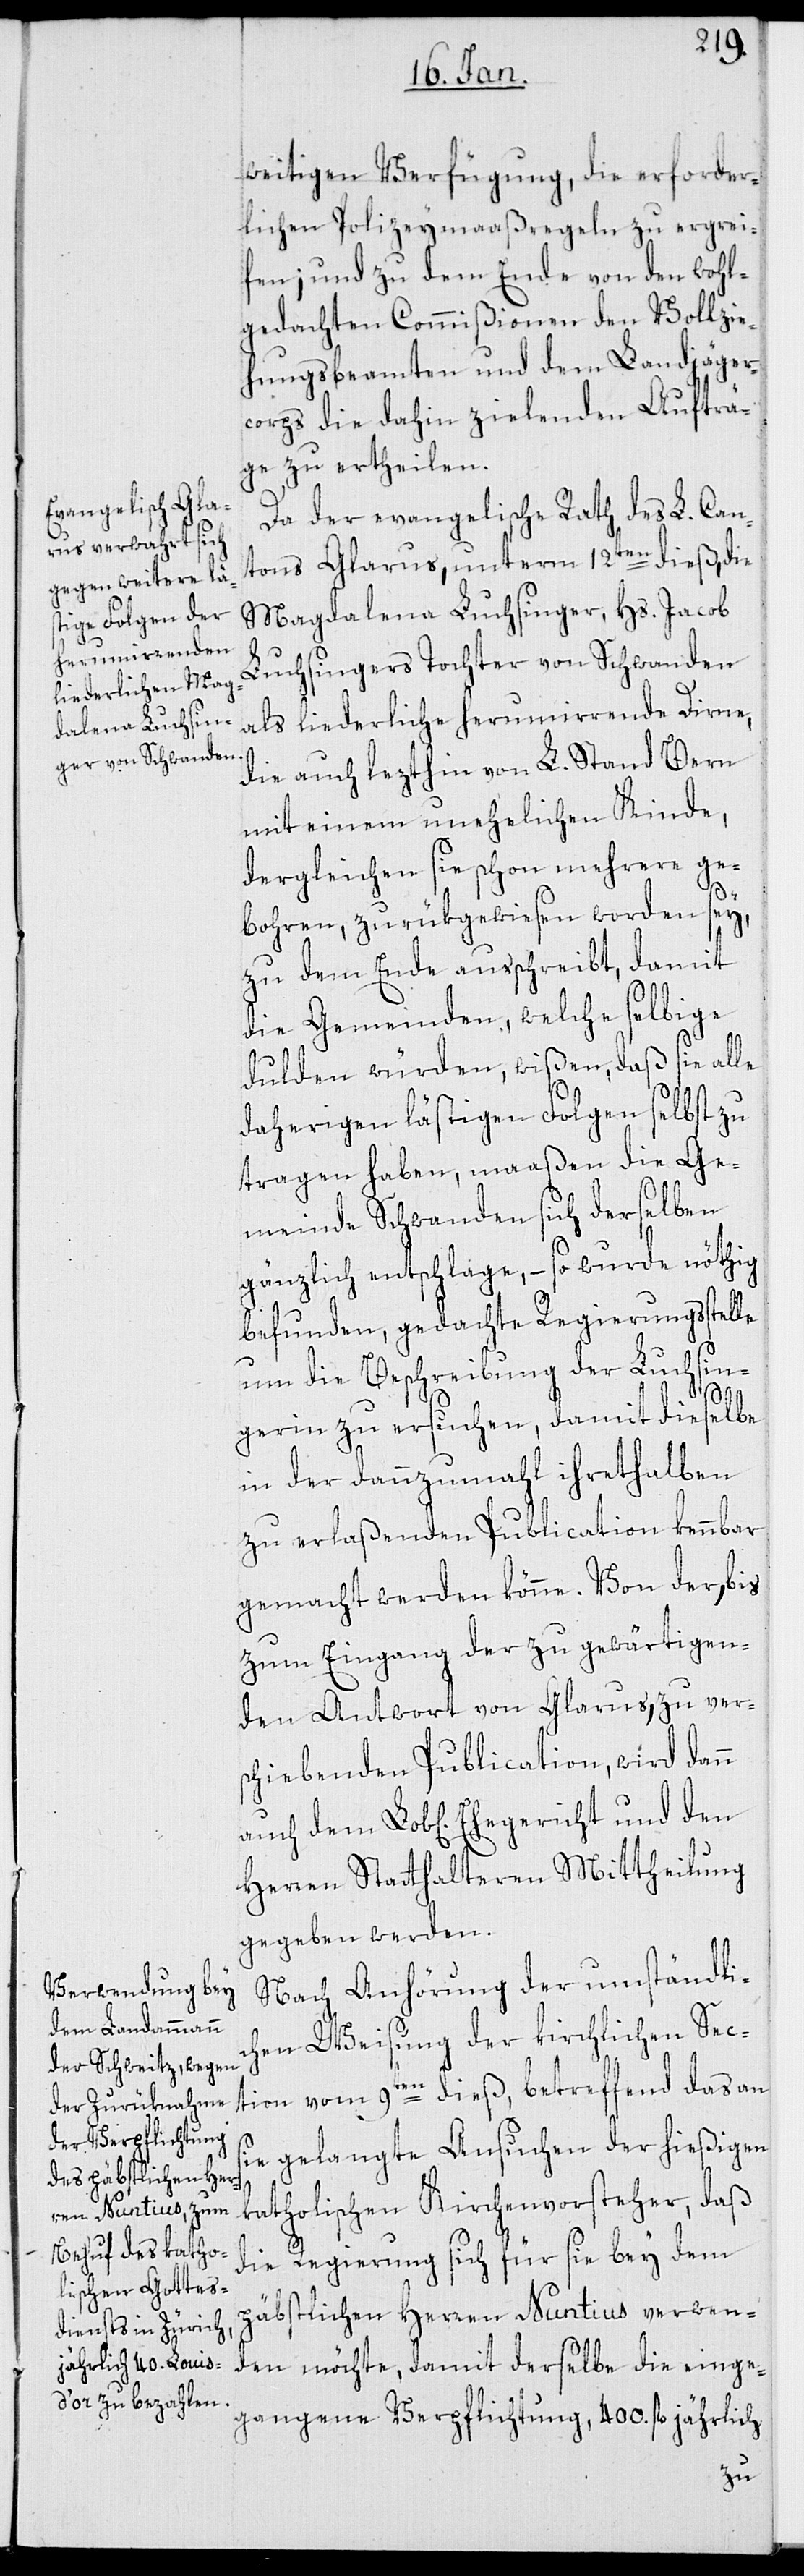
weitigen Verfügung, die erforder¬
lichen Polizeymaaßregeln zu ergrei¬
fen; und zu dem Ende von den wohl¬
gedachten Commißionen den Vollzie¬
hungsbeamten und dem Landjäger¬
corps die dahin zielenden Aufträ¬
ge zu ertheilen.
Da der evangelische Rath des L. Can¬
tons Glarus, unterm 12ten dieß, die
Magdalena Luchsinger, Hs. Jacob
Luchsingers Tochter von Schwanden
als liederliche herumirrende Dirne,
die auch lezthin von L. Stand Bern
mit einem unehelichen Kinde,
dergleichen sie schon mehrere ge¬
bohren, zurükgewiesen worden sey,
zu dem Ende ausschreibt, damit
die Gemeinden, welche selbige
dulden würden, wißen, daß sie alle
daherigen lästigen Folgen selbst zu
tragen haben, maaßen die Ge¬
meinde Schwanden sich derselben
gänzlich entschlage, – so wurde nöthig
befunden, gedachte Regierungsstelle
um die Beschreibung der Luchsin¬
gerin zu ersuchen, damit dieselbe
in der dannzumahl ihrethalben
zu erlaßenden Publication kennbar
gemacht werden könne. Von der, bis
zum Eingang der zu gewärtigen¬
den Antwort von Glarus, zu ver¬
schiebenden Publication, wird dann
Herren Statthalteren Mittheilung
gegeben werden.
Nach Anhörung der umständli¬
chen Weisung der kirchlichen Sec¬
tion vom 9ten dieß, betreffend das an
sie gelangte Ansuchen der hießigen
katholischen Kirchenvorsteher, daß
die Regierung sich für sie bey dem
päbstlichen Herren Nuntius verwen¬
den möchte, damit derselbe die einge¬
gangene Verpflichtung, 400. fl. jährlich